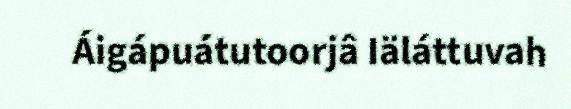
Áigápuátutoorjâ Iäláttuvah